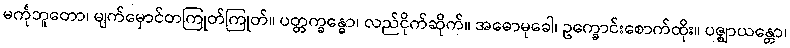
မင်္ကုဘူတော၊ မျက်မှောင်တကြုတ်ကြုတ်။ ပတ္တက္ခန္ဓော၊ လည်ငိုက်ဆိုက်။ အဓောမုခေါ၊ ဥက္ခောင်းစောက်ထိုး။ ပဇ္ဈာယန္တော၊